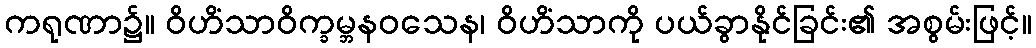
ကရုဏာ၌။ ဝိဟိံသာဝိက္ခမ္ဘနဝသေန၊ ဝိဟိံသာကို ပယ်ခွာနိုင်ခြင်း၏ အစွမ်းဖြင့်။